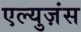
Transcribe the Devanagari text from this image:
एल्युज़ंस